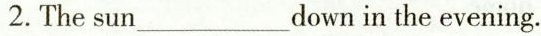
2.The sun___down in the evening.